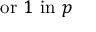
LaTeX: { \mathrm { o r ~ } } 1 { \mathrm { ~ i n ~ } } p